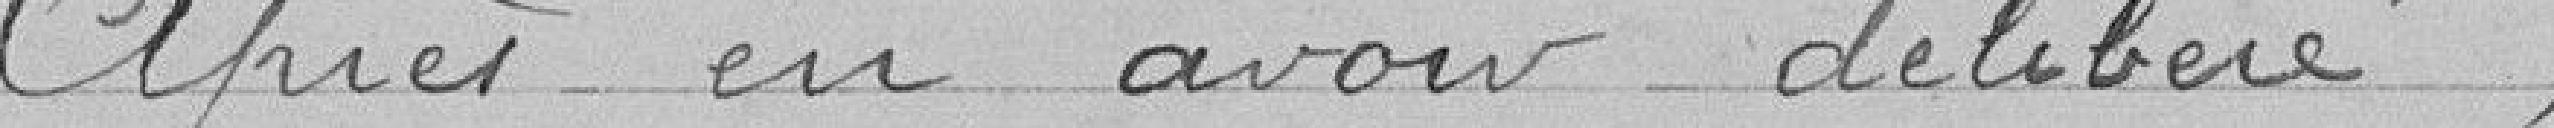
Après en avoir délibéré :